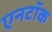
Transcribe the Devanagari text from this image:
एनटॉक